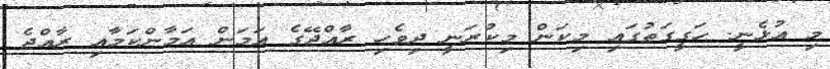
މި އުޅެނީ. ހަގީގަތުގައި މިކަން މިކުރަނީ ދިވެހި ރާއްޖޭގެ އަމަން އަމާންކަމާއި ރާއްޖެ